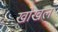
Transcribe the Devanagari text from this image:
खोखल